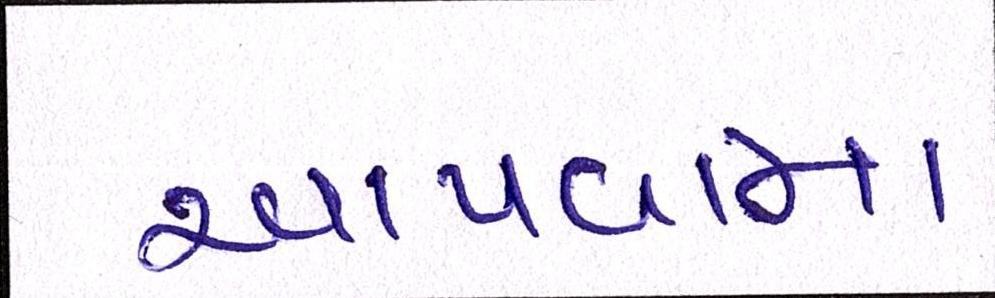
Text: આપવામા